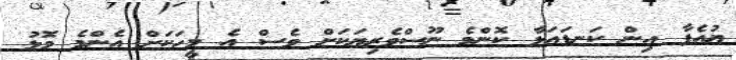
ޔުއެފާ އިން ކަނޑައަޅާ ކޮންމެ ނޫސްވެރިޔަކަށް ވެސް އެ މީހަކަށް އެންމެ މޮޅު